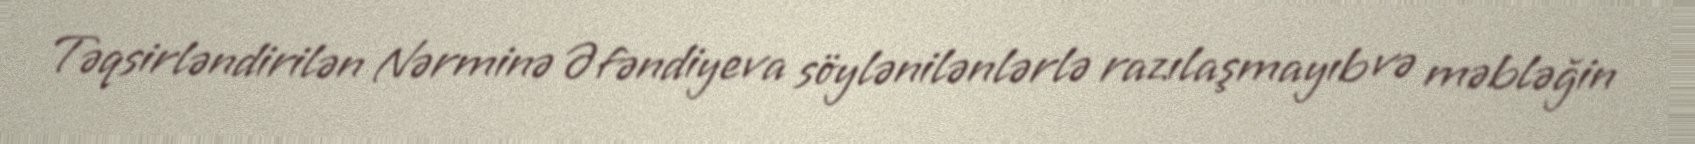
Təqsirləndirilən Nərminə Əfəndiyeva söylənilənlərlə razılaşmayıb və məbləğin